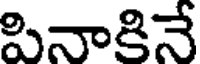
పినాకినే